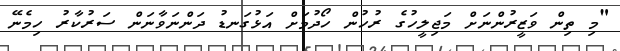
"މި ތިން ވަޒީރުންނަށް މަޖިލީހުގެ ރުހުން ހޯދުމަށް އަޅުގަނޑު ދަންނަވާނަން ސަރުކާރު ހިމެނޭ